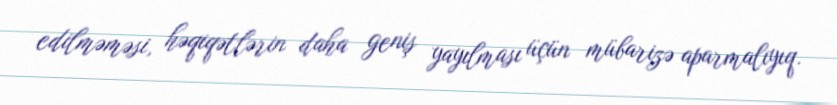
edilməməsi, həqiqətlərin daha geniş yayılması üçün mübarizə aparmalıyıq.